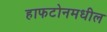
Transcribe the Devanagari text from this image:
हाफटोनमधील